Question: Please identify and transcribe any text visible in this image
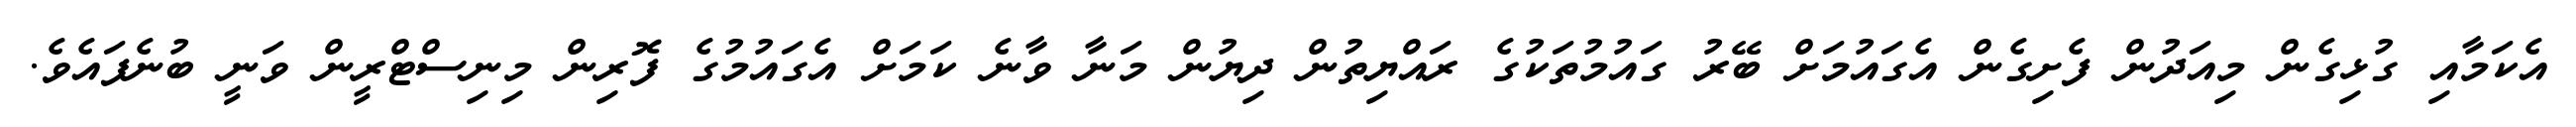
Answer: އެކަމާއި ގުޅިގެން މިއަދުން ފެށިގެން އެގައުމަށް ބޭރު ގައުމުތަކުގެ ރައްޔިތުން ދިޔުން މަނާ ވާނެ ކަމަށް އެގައުމުގެ ފޮރިން މިނިސްޓްރީން ވަނީ ބުނެފައެވެ.